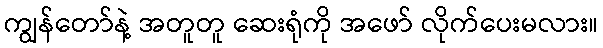
ကျွန်တော်နဲ့ အတူတူ ဆေးရုံကို အဖော် လိုက်ပေးမလား။